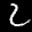
Label: 2